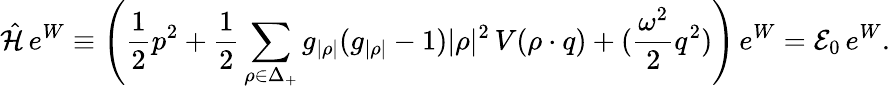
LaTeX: \hat{\mathcal{H}}\, e^{W}\equiv\left({\frac{1}{2}}p^{2}+{\frac{1}{2}}\sum_{\rho\in\Delta_{+}}g_{|\rho|}(g_{|\rho|}-1)|\rho|^{2}\, V(\rho\cdot q)+({\frac{\omega^{2}}{2}}q^{2})\right)\, e^{W}={\cal E}_{0}\, e^{W}.